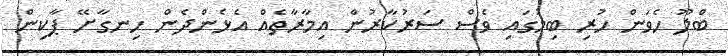
ބްލޫ ހެވަން ހުރި ބިމުގައި ވެސް ސަރުކާރުން އިމާރާތެއް އެޅެންދެން ހިނގާށޭ ޕާކިން